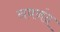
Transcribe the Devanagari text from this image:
नवनंद